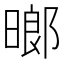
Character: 𬁈